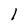
Character: 1